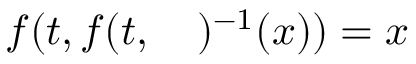
f ( t , f ( t , \quad ) ^ { - 1 } ( x ) ) = x